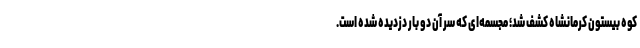
کوه بیستون کرمانشاه کشف شد؛ مجسمه‌ای که سر آن دو بار دزدیده شده است.